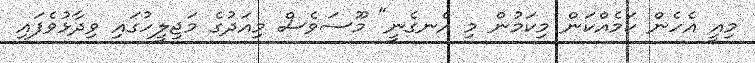
މިއީ އެހެން ކަމެއްކަން މިކަމުން މި އެނގެނީ" މޫސަވެސް މިއަދުގެ މަޖިލީހުގައި ވިދާޅުވެފައި